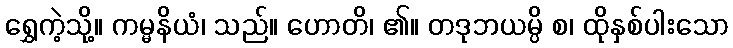
ရွှေကဲ့သို့။ ကမ္မနိယံ၊ သည်။ ဟောတိ၊ ၏။ တဒုဘယမ္ပိ စ၊ ထိုနှစ်ပါးသော